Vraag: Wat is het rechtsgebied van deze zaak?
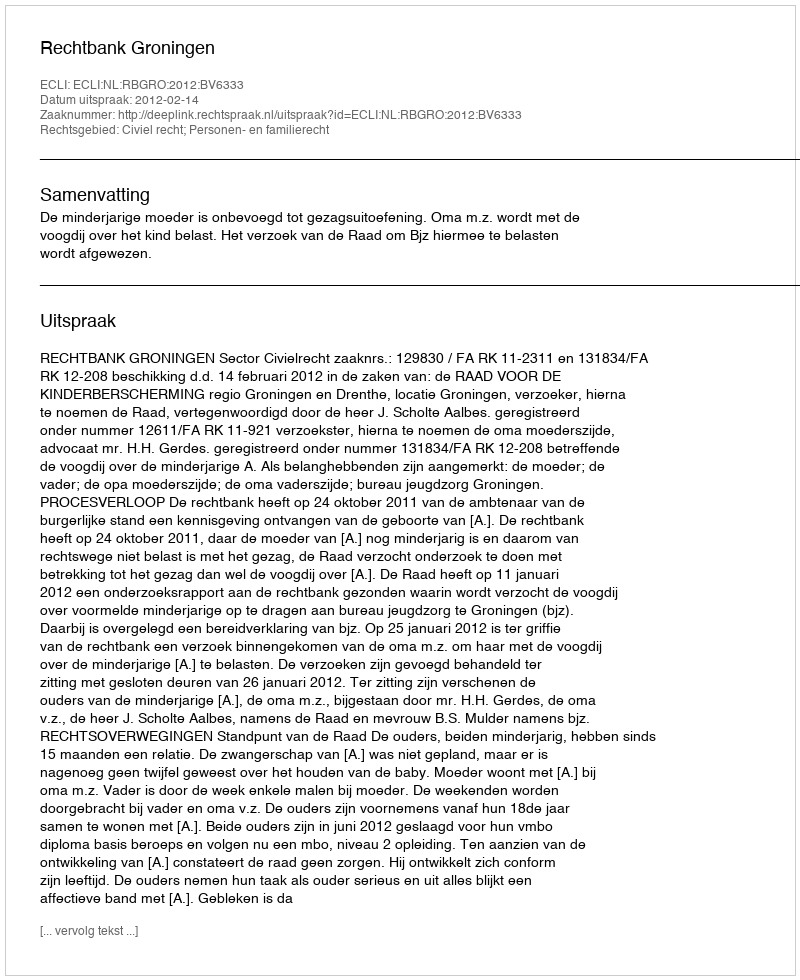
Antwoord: Civiel recht; Personen- en familierecht